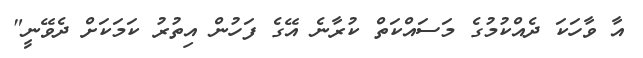
އާ ވާހަކަ ދެއްކުމުގެ މަސައްކަތް ކުރާނެ އޭގެ ފަހުން އިތުރު ކަމަކަށް ދެވޭނީ"